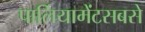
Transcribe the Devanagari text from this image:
पार्लियामेंटसबसे